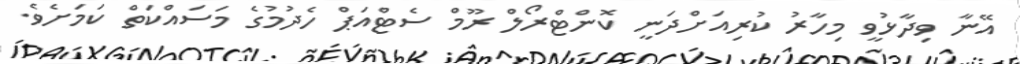
އޭނާ ވިދާޅުވީ މިހާރު ކުރިއަށްދަނީ ކޮންޓްރޯލް ރޫމް ސެޓްއަޕް ހެދުމުގެ މަސައްކަތް ކަމަށެވެ.